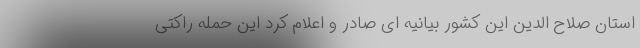
استان صلاح الدین این کشور بیانیه ای صادر و اعلام کرد این حمله راکتی